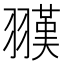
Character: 𦒅